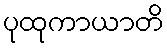
ပုထုကာယာတိ